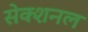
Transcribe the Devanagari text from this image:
सेक्शनल